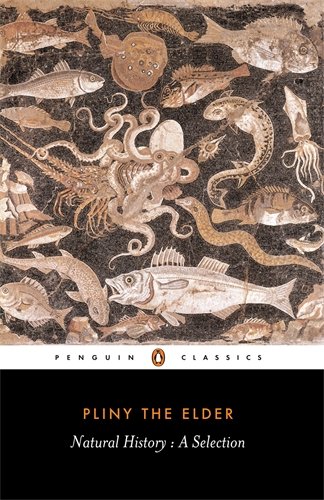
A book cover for Natural History: A Selection (Penguin Classics); Gaius Plinius Secundus (Pliny the Elder); Science & Math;